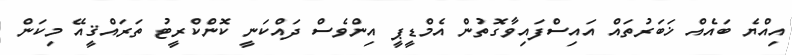
އިއްޔެ ބައެއް ޚަބަރުތައް އައިސްފައިވާގޮތުން އެމްޑީޕީ އިންވެސް ދައްކަނީ ކޮންކްރީޓު ތަރައްޤީއޭ މިކަން